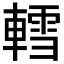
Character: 轌